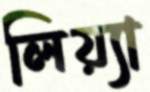
লিয়্যা